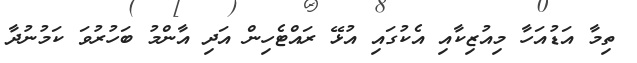
ތިމާ އަޑުއަހާ މިއުޒިކާއި އެކުގައި އުޅޭ ރައްޓެހިން އަދި އާންމު ބަހުރުވަ ކަމުނުދާ